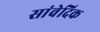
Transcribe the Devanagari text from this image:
सांवेदिक